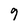
Character: 9